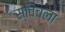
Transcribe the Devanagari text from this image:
स्विचला